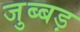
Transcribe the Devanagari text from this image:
जुब्बड़